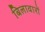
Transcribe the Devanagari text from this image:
बिलावारों